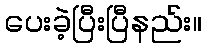
ပေးခဲ့ပြီးပြီနည်း။